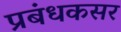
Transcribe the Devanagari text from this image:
प्रबंधकसर